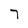
Character: 7